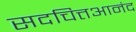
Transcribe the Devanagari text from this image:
सदचित्तआनंद